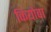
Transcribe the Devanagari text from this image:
कियोवा